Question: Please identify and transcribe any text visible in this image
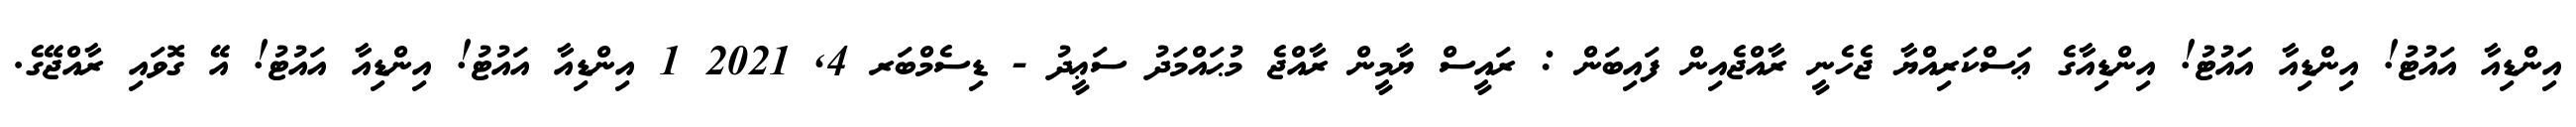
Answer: އިންޑިއާ އައުޓު! އިންޑިއާ އައުޓު! އިންޑިއާގެ ޢަސްކަރިއްޔާ ޖެހެނީ ރާއްޖެއިން ފައިބަން : ރައީސް ޔާމީން ރާއްޖެ މުޙައްމަދު ސަޢީދު - ޑިސެމްބަރ 4, 2021 1 އިންޑިއާ އައުޓު! އިންޑިއާ އައުޓު! އޭ ގޮވައި ރާއްޖޭގެ.